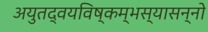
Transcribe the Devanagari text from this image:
अयुतद्वयविष्कम्भस्यासन्नो